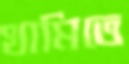
থামিতে